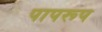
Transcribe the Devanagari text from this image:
पापरूप